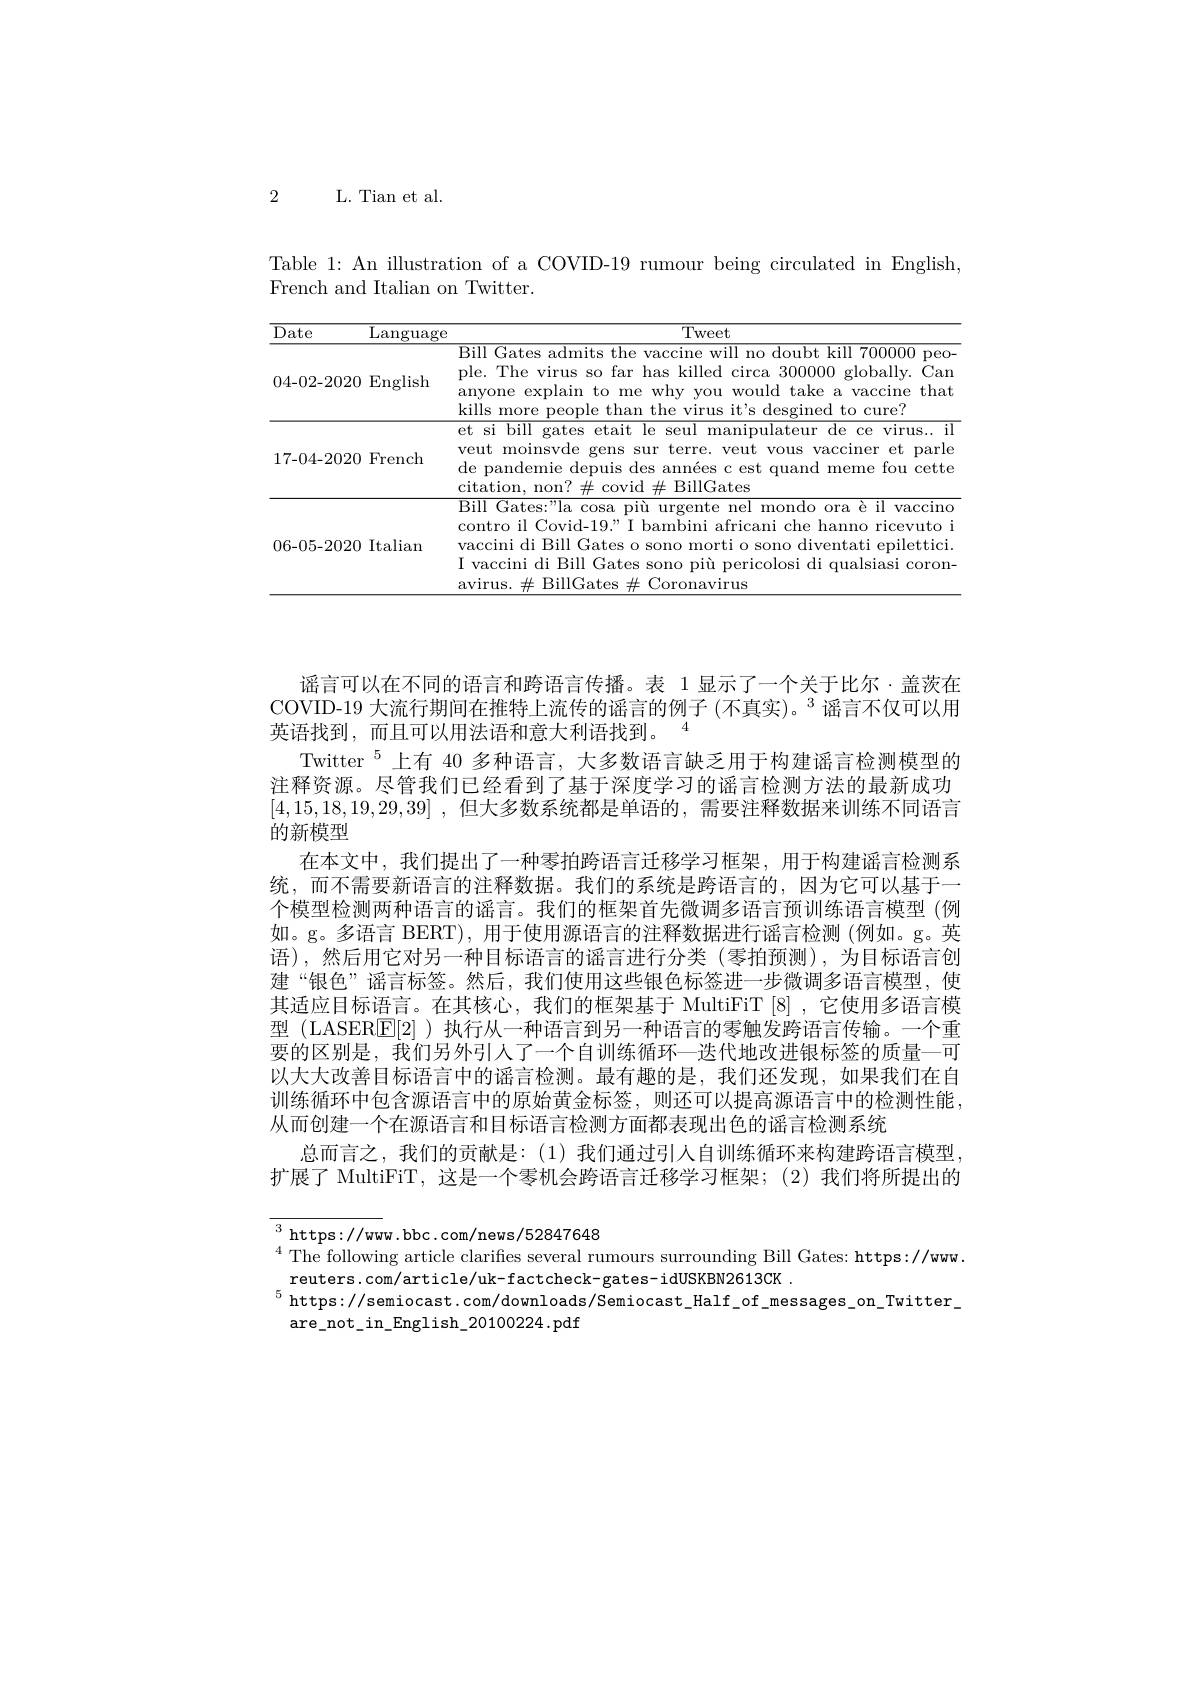
2

L. Tian et al.

Table 1: An illustration of a COVID-19 rumour being circulated in English,
French and Italian on Twitter.

<table>
	<tbody>
		<tr>
			<th>Date</th>
			<th>Language</th>
			<th>Tweet</th>
		</tr>
		<tr>
			<td>04-02-2020</td>
			<td>$\operatorname{English}$</td>
			<td>Bill Gates admits the vaccine will no doubt kill 700000 peo- ple. The virus so far has killed circa 300000 globally. Can anyone explain to me why you would take a vaccine that kills more people than the virus it's desgined to cure?</td>
		</tr>
		<tr>
			<td>17-04-2020</td>
			<td>French</td>
			<td>et si bill gates etait le seul manipulateur de ce virus.. il veut moinsvde gens sur terre. veut vous vacciner et parle de pandemie depuis des années c est quand meme fou cette citation, non? $\#$ covid $\#$ BillGates</td>
		</tr>
		<tr>
			<td>06-05-2020</td>
			<td>$\operatorname{Italian}$</td>
			<td>Bill Gates:"la cosa più urgente nel mondo ora è il vaccino contro il Covid-19." I bambini africani che hanno ricevuto i vaccini di Bill Gates o sono morti o sono diventati epilettici. I vaccini di Bill Gates sono più pericolosi di qualsiasi coron- avirus.$\#$BillGates $\#$ ${\underline{E}}$Coronavirus</td>
		</tr>
	</tbody>
</table>

谣言可以在不同的语言和跨语言传播。表 1 显示了一个关于比尔·盖茨在COVID-19 大流行期间在推特上流传的谣言的例子 (不真实)。$^3$谣言不仅可以用英语找到，而且可以用法语和意大利语找到。$^{4}$
Twitter $^{5}$上有 40 多种语言，大多数语言缺乏用于构建谣言检测模型的注释资源。尽管我们已经看到了基于深度学习的谣言检测方法的最新成功[4,15,18,19,29,39] ,但大多数系统都是单语的，需要注释数据来训练不同语言的新模型
在本文中，我们提出了一种零拍跨语言迁移学习框架，用于构建谣言检测系统，而不需要新语言的注释数据。我们的系统是跨语言的，因为它可以基于一个模型检测两种语言的谣言。我们的框架首先微调多语言预训练语言模型 (例如。g。多语言 BERT), 用于使用源语言的注释数据进行谣言检测 (例如。g。英语),然后用它对另一种目标语言的谣言进行分类(零拍预测),为目标语言创建“银色”谣言标签。然后，我们使用这些银色标签进一步微调多语言模型，使其适应目标语言。在其核心，我们的框架基于 MultiFiT [8],它使用多语言模型(LASER[E[2]) 执行从一种语言到另一种语言的零触发跨语言传输。一个重要的区别是，我们另外引人了一个自训练循环一迭代地改进银标签的质量一可以大大改善目标语言中的谣言检测。最有趣的是，我们还发现，如果我们在自训练循环中包含源语言中的原始黄金标签，则还可以提高源语言中的检测性能， 从而创建一个在源语言和目标语言检测方面都表现出色的谣言检测系统
总而言之，我们的贡献是：(1)我们通过引入自训练循环来构建跨语言模型， 扩展了 MultiFiT, 这是一个零机会跨语言迁移学习框架；(2)我们将所提出的

$^3$ https://www.bbc.com/news/52847648
$^{4}$ The following article clarifies several rumours surrounding Bill Gates: https://www.
reuters.com/article/uk-factcheck-gates-idUSKBN2613CK .
$^{5}$https://semiocast.com/downloads/Semiocast\_Half\_of\_messages\_on\_Twitter\_
are\_not\_in\_English\_20100224.pdf